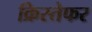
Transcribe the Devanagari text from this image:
क्रिस्तेफर